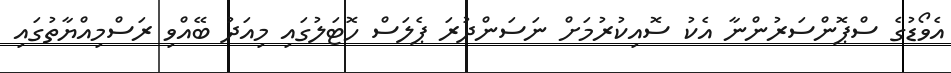
އެވޯޑުގެ ސްޕޮންސަރުންނާ އެކު ސޮއިކުރުމަށް ނަސަންދުރަ ޕެލަސް ހޮޓަލުގައި މިއަދު ބޭއްވި ރަސްމިއްޔާތުގައި